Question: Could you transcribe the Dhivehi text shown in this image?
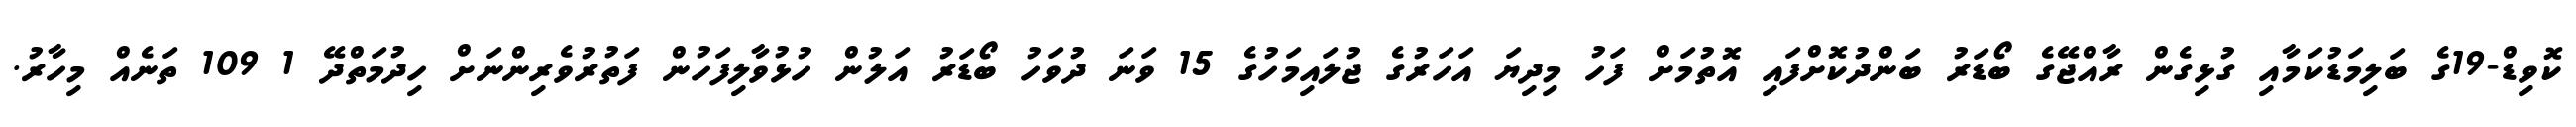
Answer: ކޮވިޑް-19ގެ ބަލިމަޑުކަމާއި ގުޅިގެން ރާއްޖޭގެ ބޯޑަރު ބަންދުކޮށްފައި އޮތުމަށް ފަހު މިދިޔަ އަހަރުގެ ޖުލައިމަހުގެ 15 ވަނަ ދުވަހު ބޯޑަރު އަލުން ހުޅުވާލިފަހުން ފަތުރުވެރިންނަށް ހިދުމަތްދޭ 1 109 ތަނެއް މިހާރު.